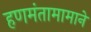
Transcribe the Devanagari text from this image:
हणमंतामामाने